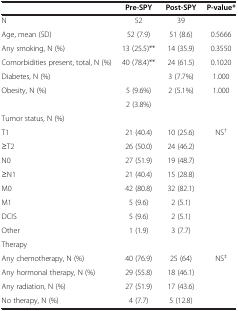
<table><thead><tr><td><b> </b></td><td><b>Pre-SPY</b></td><td><b>Post-SPY</b></td><td><b>P-value*</b></td></tr></thead><tbody><tr><td>N</td><td>52</td><td>39</td><td> </td></tr><tr><td>Age, mean (SD)</td><td>52 (7.9)</td><td>51 (8.6)</td><td>0.5666</td></tr><tr><td>Any smoking, N (%)</td><td>13 (25.5)**</td><td>14 (35.9)</td><td>0.3550</td></tr><tr><td>Comorbidities present, total, N (%)</td><td>40 (78.4)**</td><td>24 (61.5)</td><td>0.1020</td></tr><tr><td>Diabetes, N (%)</td><td> </td><td>3 (7.7%)</td><td>1.000</td></tr><tr><td rowspan="2">Obesity, N (%)</td><td>5 (9.6%)</td><td>2 (5.1%)</td><td>1.000</td></tr><tr><td>2 (3.8%)</td><td> </td><td> </td></tr><tr><td>Tumor status, N (%)</td><td> </td><td> </td><td> </td></tr><tr><td>T1</td><td>21 (40.4)</td><td>10 (25.6)</td><td rowspan="8">NS<sup>†</sup></td></tr><tr><td>≥T2</td><td>26 (50.0)</td><td>24 (46.2)</td></tr><tr><td>N0</td><td>27 (51.9)</td><td>19 (48.7)</td></tr><tr><td>≥N1</td><td>21 (40.4)</td><td>15 (28.8)</td></tr><tr><td>M0</td><td>42 (80.8)</td><td>32 (82.1)</td></tr><tr><td>M1</td><td>5 (9.6)</td><td>2 (5.1)</td></tr><tr><td>DCIS</td><td>5 (9.6)</td><td>2 (5.1)</td></tr><tr><td>Other</td><td>1 (1.9)</td><td>3 (7.7)</td></tr><tr><td>Therapy</td><td> </td><td> </td><td> </td></tr><tr><td>Any chemotherapy, N (%)</td><td>40 (76.9)</td><td>25 (64)</td><td rowspan="4">NS<sup>‡</sup></td></tr><tr><td>Any hormonal therapy, N (%)</td><td>29 (55.8)</td><td>18 (46.1)</td></tr><tr><td>Any radiation, N (%)</td><td>27 (51.9)</td><td>17 (43.6)</td></tr><tr><td>No therapy, N (%)</td><td>4 (7.7)</td><td>5 (12.8)</td></tr></tbody></table>